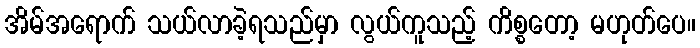
အိမ်အရောက် သယ်လာခဲ့ရသည်မှာ လွယ်ကူသည့် ကိစ္စတော့ မဟုတ်ပေ။